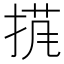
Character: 𱠍